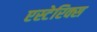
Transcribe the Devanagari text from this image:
एस्टेरिक्स